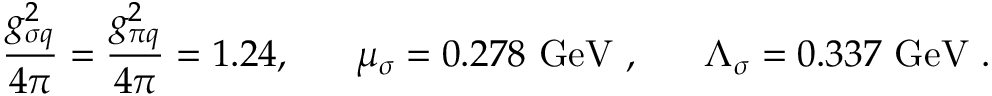
\frac { g _ { \sigma q } ^ { 2 } } { 4 \pi } = \frac { g _ { \pi q } ^ { 2 } } { 4 \pi } = 1 . 2 4 , ~ ~ ~ ~ ~ \mu _ { \sigma } = 0 . 2 7 8 \ \mathrm { G e V } \ , ~ ~ ~ ~ ~ \Lambda _ { \sigma } = 0 . 3 3 7 \ \mathrm { G e V } \ .